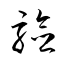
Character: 験